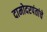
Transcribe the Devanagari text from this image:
दामोदरपंतांचे